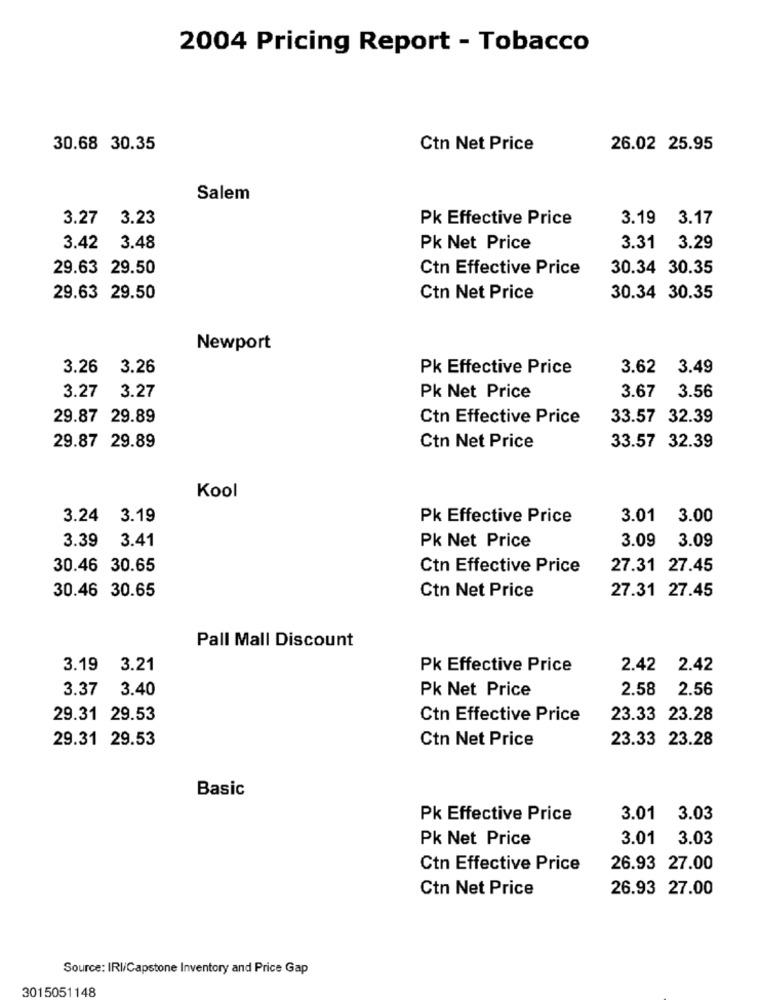
2004 Pricing Report - Tobacco
30.68 30.35
Ctn Net Price
26.02 25.95
Salem
3.27 3.23
Pk Effective Price
3.19 3.17
3.42
3.48
Pk Net Price
3.31
3.29
29.63 29.50
Ctn Effective Price
30.34 30.35
29.63 29.50
Ctn Net Price
30.34 30.35
Newport
3.26
3.26
Pk Effective Price
3.62
3.49
3.67
3.27
3.27
Pk Net Price
3.56
29.87 29.89
Ctn Effective Price
33.57 32.39
29.87 29.89
Ctn Net Price
33.57 32.39
Kool
3.24 3.19
Pk Effective Price
3.01 3.00
Pk Net Price
3.09
3.09
3.39 3.41
30.46 30.65
Ctn Effective Price
27.31 27.45
Ctn Net Price
27.31 27.45
30.46 30.65
Pall Mall Discount
3.19
3.21
Pk Effective Price
2.42
2.42
3.37
3.40
Pk Net Price
2.58
2.56
29.31 29.53
Ctn Effective Price
23.33 23.28
29.31 29.53
Ctn Net Price
23.33 23.28
Basic
Pk Effective Price
3.01 3.03
Pk Net Price
3.01
3.03
Ctn Effective Price
26.93 27.00
Ctn Net Price
26.93 27.00
Source: IRI/Capstone Inventory and Price Gap
3015051148